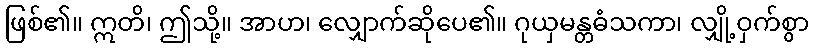
ဖြစ်၏။ ဣတိ၊ ဤသို့။ အာဟ၊ လျှောက်ဆိုပေ၏။ ဂုယှမန္တဓံသကာ၊ လျှို့ဝှက်စွာ